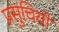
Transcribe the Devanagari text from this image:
प्रसुचियों